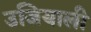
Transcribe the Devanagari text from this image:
उजियाली